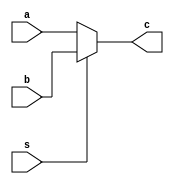
`timescale 1ns / 1ps
//////////////////////////////////////////////////////////////////////////////////
// Company: 
// Engineer: 
// 
// Design Name: 
// Module Name: mux21
// Project Name: 
// Target Devices: 
// Tool Versions: 
// Description: 
// 
// Dependencies: 
// 
// Revision:
// Revision 0.01 - File Created
// Additional Comments:
// 
//////////////////////////////////////////////////////////////////////////////////


module mux21
#(parameter WIDTH = 8)
(
    input [WIDTH-1:0] a,
    input [WIDTH-1:0] b,
    input s,
    output [WIDTH-1:0] c
    );

	assign c = s?b:a;

endmodule